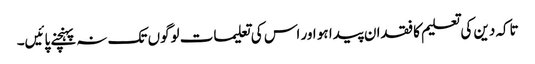
تاکہ دین کی تعلیم کا فقدان پیدا ہو اور اس کی تعلیمات لوگوں تک نہ پہنچنے پائیں۔